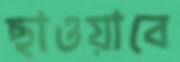
ছাওয়াবে